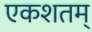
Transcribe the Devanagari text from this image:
एकशतम्